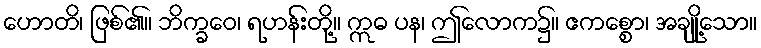
ဟောတိ၊ ဖြစ်၏။ ဘိက္ခဝေ၊ ရဟန်းတို့။ ဣဓ ပန၊ ဤလောက၌။ ဧကစ္စော၊ အချို့သော။